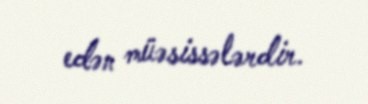
edən müəsissələrdir.